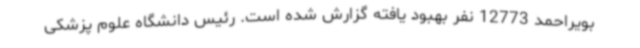
بویراحمد 12773 نفر بهبود یافته گزارش شده است. رئیس دانشگاه علوم پزشکی